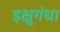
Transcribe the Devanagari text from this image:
इक्षुगंधा